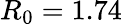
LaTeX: R_{0}=1.74